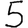
Digit: 5